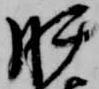
肝